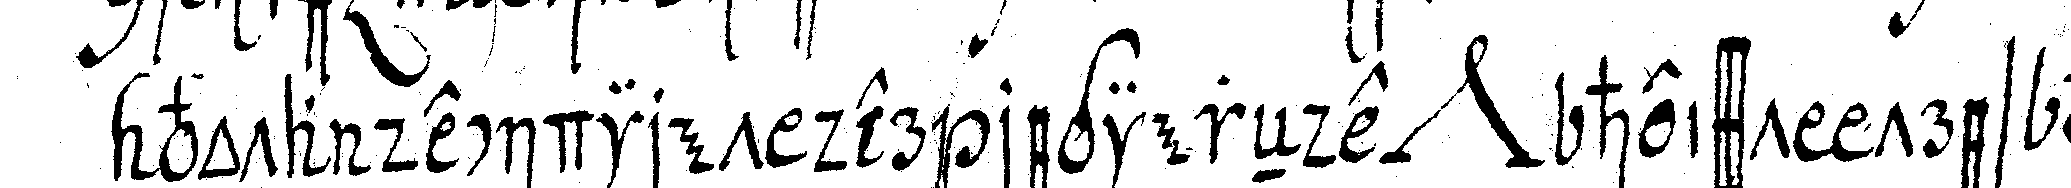
vota decidiret der regiereNde *nee* heisst tres ve